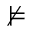
\nvDash